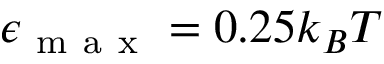
\epsilon _ { \mathrm { ~ m ~ a ~ x ~ } } = 0 . 2 5 k _ { B } T